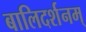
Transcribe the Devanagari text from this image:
बालिदर्शनम्